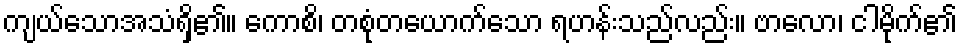
ကျယ်သောအသံရှိ၏။ ကောစိ၊ တစုံတယောက်သော ရဟန်းသည်လည်း။ ဗာလော၊ ငါမိုက်၏